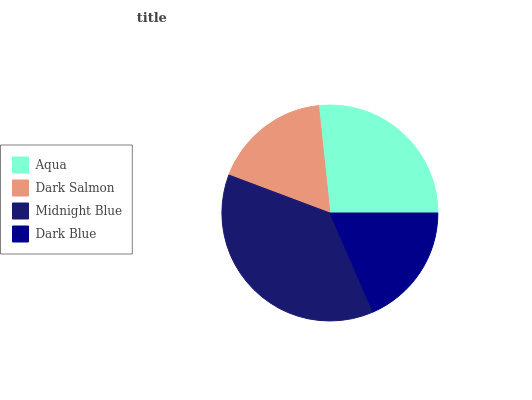
| Aqua | Dark Salmon | Midnight Blue | Dark Blue |
 | --- | --- | --- | --- |
 | 26.7% | 17.6% | 37.2% | 18.4% |